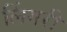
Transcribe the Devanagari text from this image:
लिंगरी